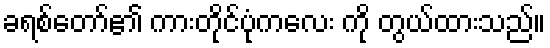
ခရစ်တော်၏ ကားတိုင်ပုံကလေး ကို တွယ်ထားသည်။